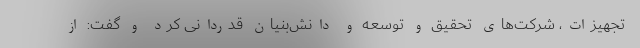
تجهیزات، شرکت‌های تحقیق و توسعه و دانش‌بنیان قدردانی کرد و گفت: از